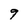
Character: 9